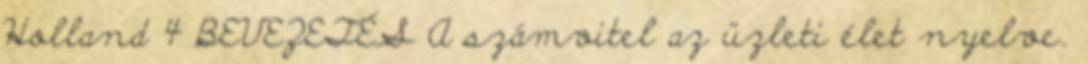
Holland 4 BEVEZETÉS A számvitel az üzleti élet nyelve.